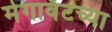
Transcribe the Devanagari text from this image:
मेगावॅटच्या